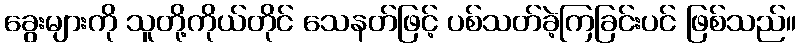
ခွေးများကို သူတို့ကိုယ်တိုင် သေနတ်ဖြင့် ပစ်သတ်ခဲ့ကြခြင်းပင် ဖြစ်သည်။